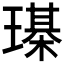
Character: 𤩒